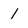
Character: 1